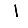
Digit: 1